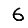
Digit: 6